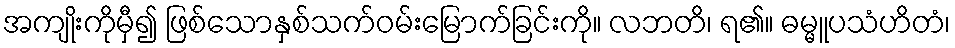
အကျိုးကိုမှီ၍ ဖြစ်သောနှစ်သက်ဝမ်းမြောက်ခြင်းကို။ လဘတိ၊ ရ၏။ ဓမ္မူပသံဟိတံ၊